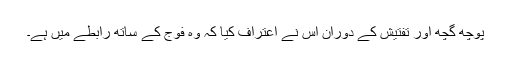
پوچھ گچھ اور تفتیش کے دوران اُس نے اعتراف کیا کہ وہ فوج کے ساتھ رابطے میں ہے۔